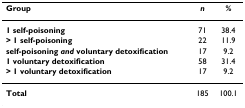
| Group | n | % |
 | --- | --- | --- |
 | 1 self-poisoning | 71 | 38.4 |
 | > 1 self-poisoning | 22 | 11.9 |
 | self-poisoning and voluntary detoxification | 17 | 9.2 |
 | 1 voluntary detoxification | 58 | 31.4 |
 | > 1 voluntary detoxification | 17 | 9.2 |
 | Total | 185 | 100.1 |